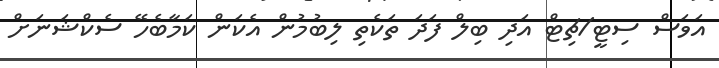
އަވަސް ސިޓީ/ޗިޓް އަދި ބިލް ފަދަ ތަކެތި ލިބުމުން އެކަން ކަމާބެހޭ ސެކްޝަނަށް